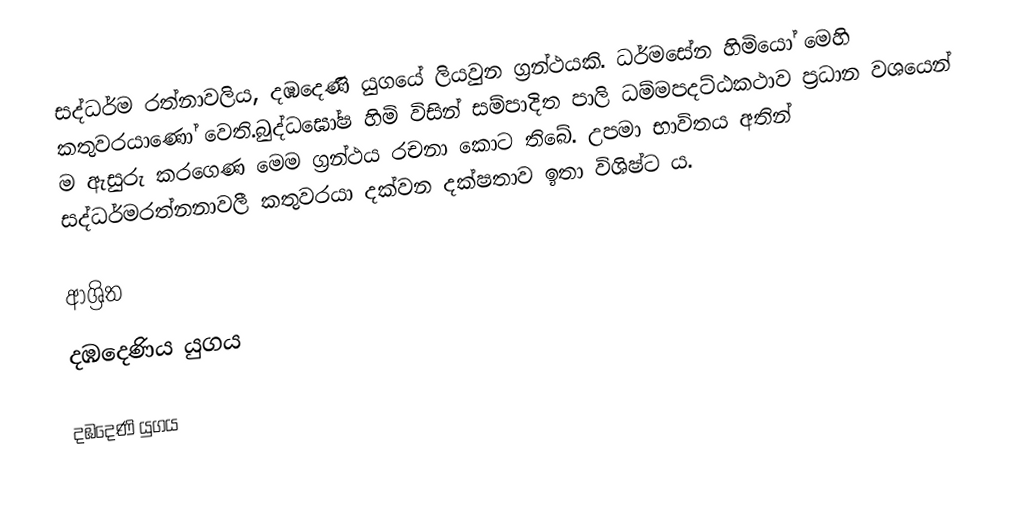
සද්ධර්ම රත්නාවලිය, දඹදෙණි යුගයේ ලියවුන ග්‍රන්ථයකි. ධර්මසේන හිමියෝ මෙහි කතුවරයාණෝ වෙති.බුද්ධඝෝෂ හිමි විසින් සම්පාදිත පාලි ධම්මපදට්ඨකථාව ප්‍රධාන වශයෙන් ම ඇසුරු කරගෙණ මෙම ග්‍රන්ථය රචනා කොට තිබේ. උපමා භාවිතය අතින් සද්ධර්මරත්නනාවලී කතුවරයා දක්වන දක්ෂතාව ඉතා විශිෂ්ට ය.

ආශ්‍රිත
 දඹදෙණිය යුගය

දඹදෙණි යුගය